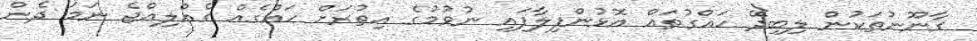
ގާނޫނުތަކުން ލިބިދޭ ހައްގުތައް އޮޅުންފިލާފައި ނުވުމުގެ އިތުރަށް ހައްގެއް ގެއްލިއްޖެ ނަމަ ދެން